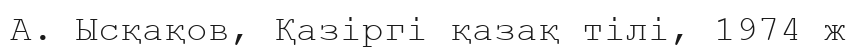
А. Ысқақов, Қазіргі қазақ тілі, 1974 ж